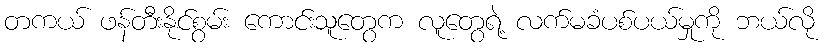
တကယ် ဖန်တီးနိုင်စွမ်း ကောင်းသူတွေက လူတွေရဲ့ လက်မခံပစ်ပယ်မှုကို ဘယ်လို